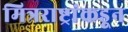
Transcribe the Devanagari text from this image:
मित्रराष्ट्रांकडून